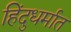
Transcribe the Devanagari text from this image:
हिंदुधर्मात